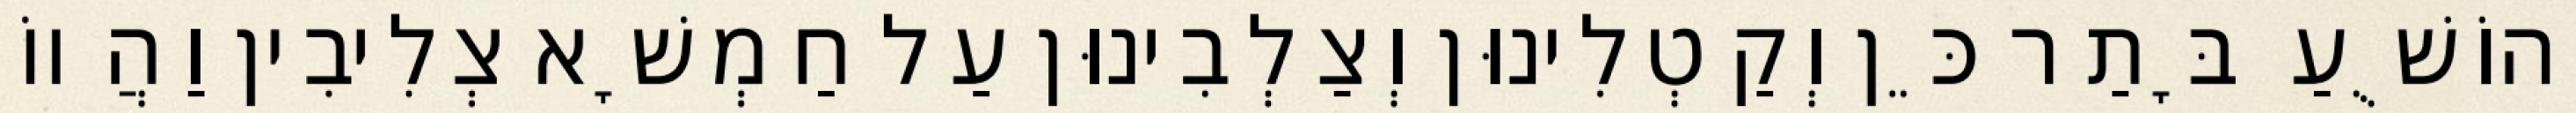
יְהוֹשֻׁעַ בָּתַר כֵּן וְקַטְלִינוּן וְצַלְבִינוּן עַל חַמְשָׁא צְלִיבִין וַהֲווֹ